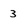
Character: 3